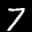
Label: 7